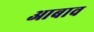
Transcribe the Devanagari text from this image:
आबाव